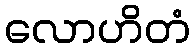
လောဟိတံ